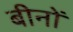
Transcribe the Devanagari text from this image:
बीनों